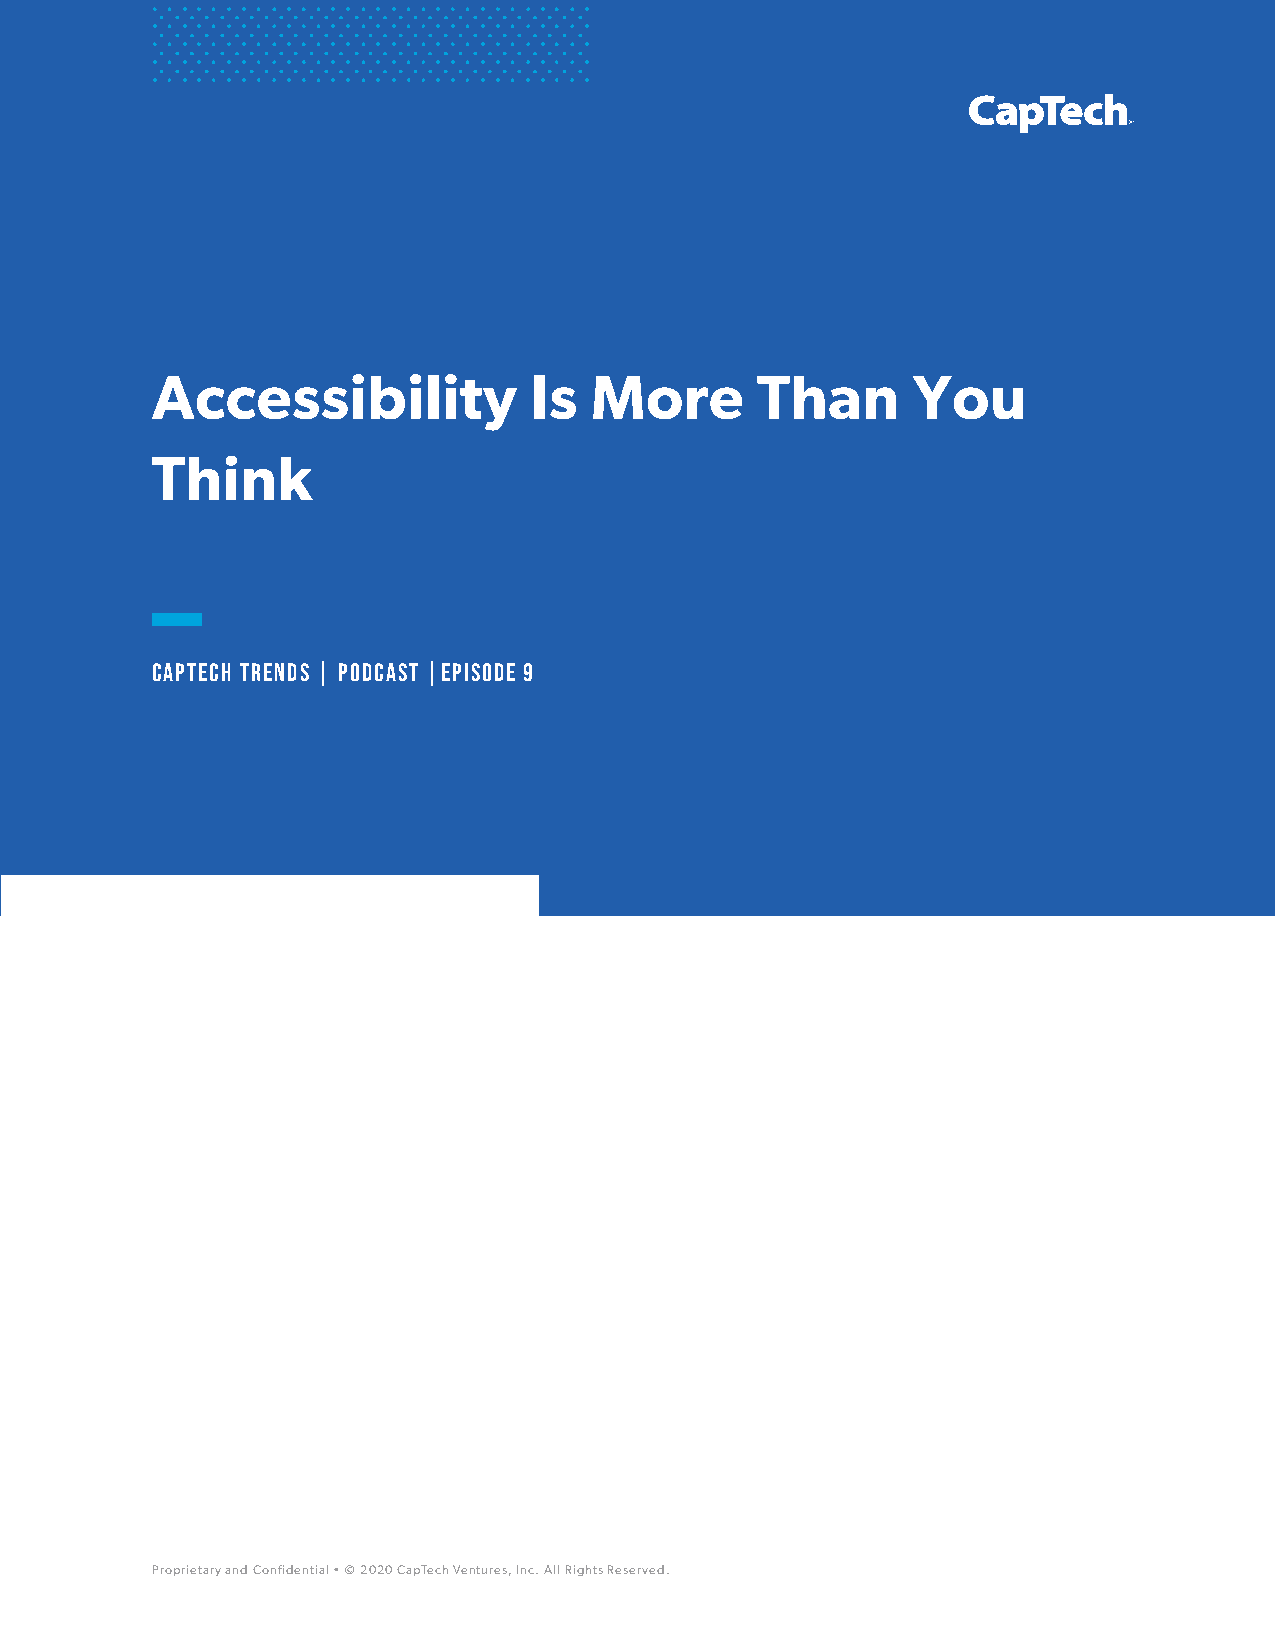
Accessibility            Is  More       Than      You
 Think
 CapTech Trends | podcast |Episode 9
 Proprietary and Confidential • © 2020 CapTech Ventures, Inc. All Rights Reserved.